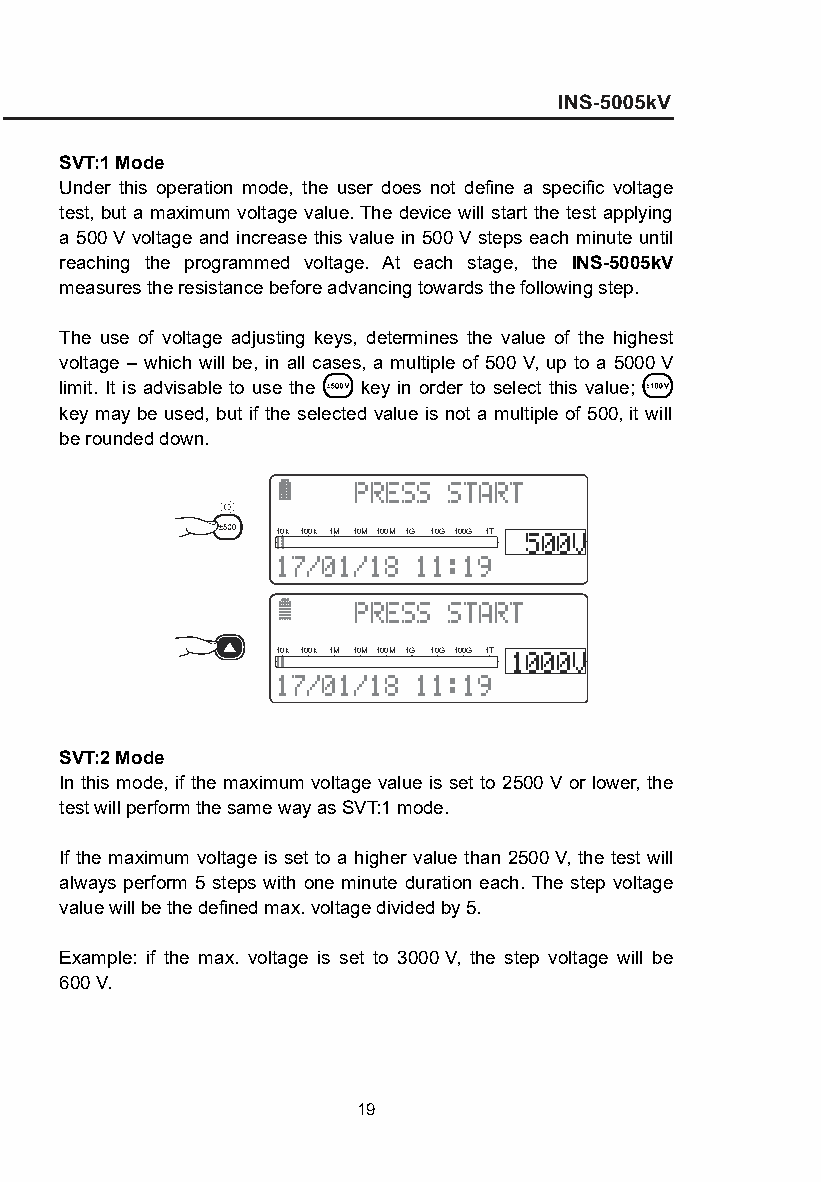
SVT:1 Mode
 Under this operation mode, the user does not define a specific voltage
 test, but a maximum voltage value. The device will start the test applying
 a 500 V voltage and increase this value in 500 V steps each minute until
 reaching the programmed voltage. At each stage, the INS-5005kV
 measures the resistance before advancing towards the following step.
 The use of voltage adjusting keys, determines the value of the highest
 voltage – which will be, in all cases, a multiple of 500 V, up to a 5000 V
 limit. It is advisable to use the key in order to select this value;
 key may be used, but if the selected value is not a multiple of 500, it will
 be rounded down.
  
 10k 100k 1M 10M 100M 1G 10G 100G 1T 
   
  
 10k 100k 1M 10M 100M 1G 10G 100G 1T 
   
 SVT:2 Mode
 In this mode, if the maximum voltage value is set to 2500 V or lower, the
 test will perform the same way as SVT:1 mode.
 If the maximum voltage is set to a higher value than 2500 V, the test will
 always perform 5 steps with one minute duration each. The step voltage
 value will be the defined max. voltage divided by 5.
 Example: if the max. voltage is set to 3000 V, the step voltage will be
 600 V.
 19